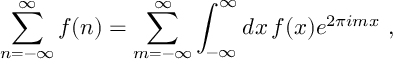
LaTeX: \sum _ { n = - \infty } ^ { \infty } f ( n ) = \sum _ { m = - \infty } ^ { \infty } \int _ { - \infty } ^ { \infty } d x \, f ( x ) e ^ { 2 \pi i m x } ~ ,